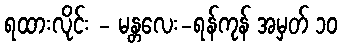
ရထားလိုင်း - မန္တလေး-ရန်ကုန် အမှတ် ၁၀